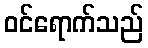
ဝင်ရောက်သည်